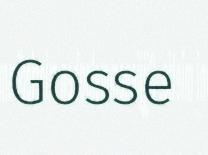
Gosse